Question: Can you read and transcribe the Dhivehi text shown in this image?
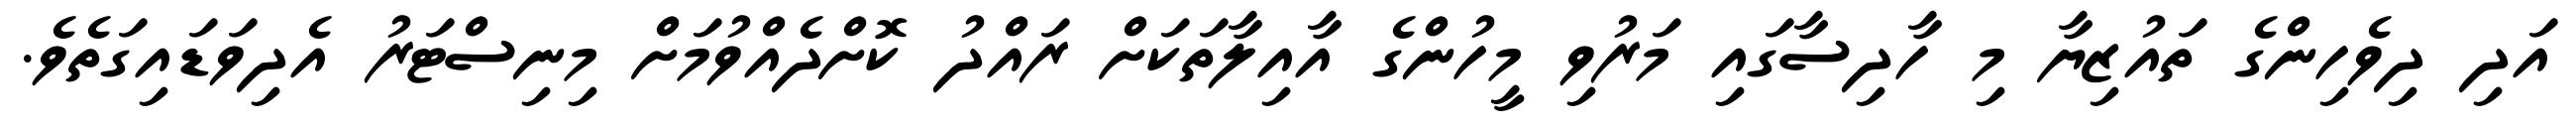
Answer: އަދި ދިވެހިންގެ ތައުޒިޔާ މި ހާދިސާގައި މަރުވި މީހުންގެ އާއިލާތަކަށް ރައްދު ކޮށްދެއްވުމަށް މިނިސްޓަރު އެދިވަޑައިގަތެވެ.